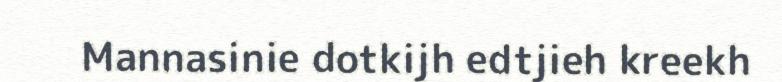
Mannasinie dotkijh edtjieh kreekh